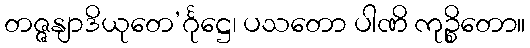
တဇ္ဇနျာဒိယုတေ’င်္ဂုဋ္ဌေ၊ ပသတော ပါဏိ ကုဉ္စိတော။